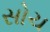
સોચ